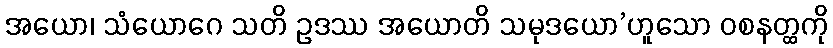
အယော၊ သံယောဂေ သတိ ဥဒဿ အယောတိ သမုဒယော’ဟူသော ဝစနတ္ထကို